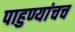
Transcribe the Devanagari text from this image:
पाहुण्यांचच